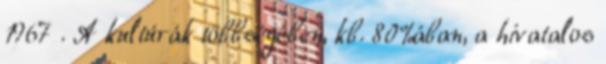
1967 . A kultúrák többségében, kb. 80%ában, a hivatalos